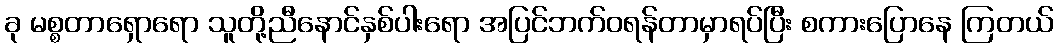
ခု မစ္စတာရှောရော သူတို့ညီနောင်နှစ်ပါးရော အပြင်ဘက်ဝရန်တာမှာရပ်ပြီး စကားပြောနေ ကြတယ်